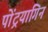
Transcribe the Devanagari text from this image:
पोंट्रयागिन